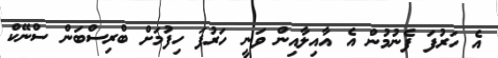
އެ ހަރުފަ ފެނުމުން އެ އާއިލާއިން ވަނީ ހަރުފަ ހިފުމަށް ބްރިސްބަން ސްނޭކް